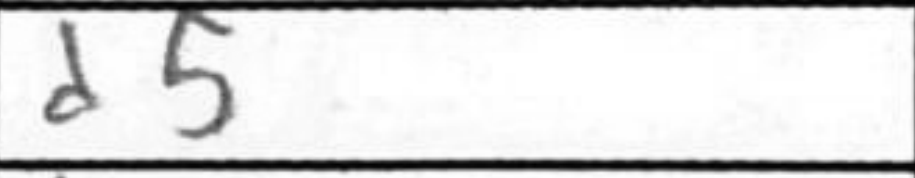
Transcription: d5